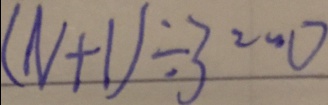
( N + 1 ) \div 3 \cdots 0